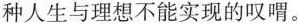
种人生与理想不能实现的叹喟。